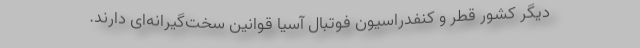
دیگر کشور قطر و کنفدراسیون فوتبال آسیا قوانین سخت‌گیرانه‌ای دارند.